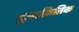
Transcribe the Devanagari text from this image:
भूआक्रितिक